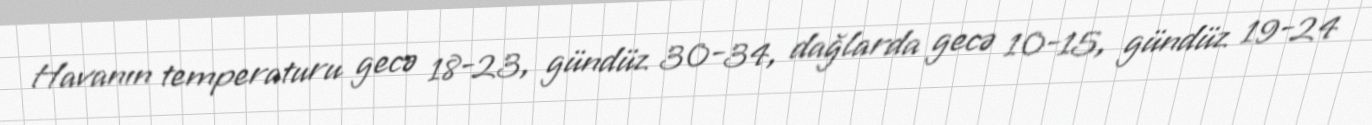
Havanın temperaturu gecə 18-23, gündüz 30-34, dağlarda gecə 10-15, gündüz 19-24